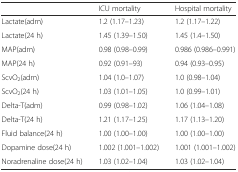
<table><thead><tr><td></td><td><b>ICU mortality</b></td><td><b>Hospital mortality</b></td></tr></thead><tbody><tr><td>Lactate(adm)</td><td>1.2 (1.17–1.23)</td><td>1.2 (1.17–1.22)</td></tr><tr><td>Lactate(24 h)</td><td>1.45 (1.39–1.50)</td><td>1.45 (1.4–1.50)</td></tr><tr><td>MAP(adm)</td><td>0.98 (0.98–0.99)</td><td>0.986 (0.986–0.991)</td></tr><tr><td>MAP(24 h)</td><td>0.92 (0.91–93)</td><td>0.94 (0.93–0.95)</td></tr><tr><td>ScvO<sub>2</sub>(adm)</td><td>1.04 (1.0–1.07)</td><td>1.0 (0.98–1.04)</td></tr><tr><td>ScvO<sub>2</sub>(24 h)</td><td>1.03 (1.01–1.05)</td><td>1.0 (0.99–1.01)</td></tr><tr><td>Delta-T(adm)</td><td>0.99 (0.98–1.02)</td><td>1.06 (1.04–1.08)</td></tr><tr><td>Delta-T(24 h)</td><td>1.21 (1.17–1.25)</td><td>1.17 (1.13–1.20)</td></tr><tr><td>Fluid balance(24 h)</td><td>1.00 (1.00–1.00)</td><td>1.00 (1.00–1.00)</td></tr><tr><td>Dopamine dose(24 h)</td><td>1.002 (1.001–1.002)</td><td>1.001 (1.001–1.002)</td></tr><tr><td>Noradrenaline dose(24 h)</td><td>1.03 (1.02–1.04)</td><td>1.03 (1.02–1.04)</td></tr></tbody></table>